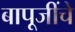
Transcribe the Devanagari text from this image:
बापूजींचे